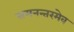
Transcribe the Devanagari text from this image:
समनन्तरमेव